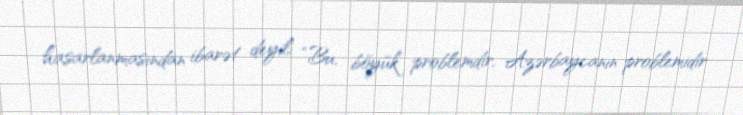
hasarlanmasından ibarət deyil: “Bu, böyük problemdir, Azərbaycanın problemidir